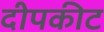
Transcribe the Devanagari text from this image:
दीपकीट